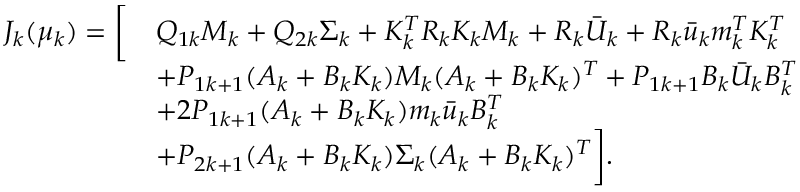
\begin{array} { r l } { J _ { k } ( \mu _ { k } ) = \relax \biggl [ } & { Q _ { 1 k } M _ { k } + Q _ { 2 k } \Sigma _ { k } + K _ { k } ^ { T } R _ { k } K _ { k } M _ { k } + R _ { k } \bar { U } _ { k } + R _ { k } \bar { u } _ { k } m _ { k } ^ { T } K _ { k } ^ { T } } \\ & { + P _ { 1 k + 1 } ( A _ { k } + B _ { k } K _ { k } ) M _ { k } ( A _ { k } + B _ { k } K _ { k } ) ^ { T } + P _ { 1 k + 1 } B _ { k } \bar { U } _ { k } B _ { k } ^ { T } } \\ & { + 2 P _ { 1 k + 1 } ( A _ { k } + B _ { k } K _ { k } ) m _ { k } \bar { u } _ { k } B _ { k } ^ { T } } \\ & { + P _ { 2 k + 1 } ( A _ { k } + B _ { k } K _ { k } ) \Sigma _ { k } ( A _ { k } + B _ { k } K _ { k } ) ^ { T } \biggr ] . } \end{array}